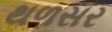
થળસર